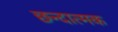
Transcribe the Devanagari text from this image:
छन्दात्मक